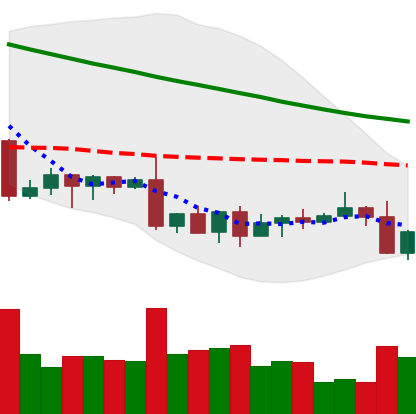
Ticker: XLM-USD
Chart end date: 2022-09-07
Forward return: 10.56%
Label: up_7plus